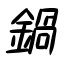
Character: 鍋